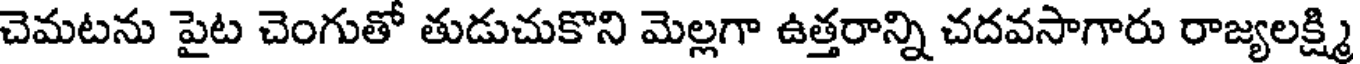
చెమటను పైట చెంగుతో తుడుచుకొని మెల్లగా ఉత్తరాన్ని చదవసాగారు రాజ్యలక్ష్మి